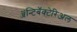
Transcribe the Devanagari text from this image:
ॲन्टिबॅक्‍टेरिअल